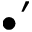
\bullet ^ { \prime }